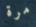
مرة